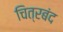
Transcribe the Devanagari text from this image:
चित्रबंद